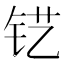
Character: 𮷾